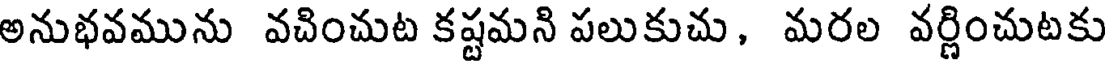
అనుభవమును వచించుట కష్టమని పలుకుచు, మరల వర్ణించుటకు